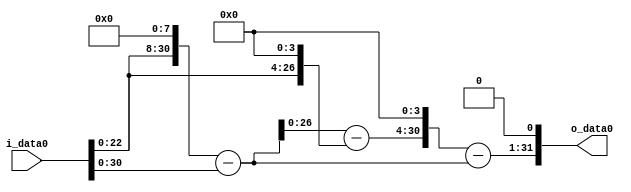
module multiplier_block (
    i_data0,
    o_data0
);

  // Port mode declarations:
  input   [31:0] i_data0;
  output  [31:0]
    o_data0;

  //Multipliers:

  wire [31:0]
    w1,
    w256,
    w255,
    w16,
    w239,
    w3824,
    w3569,
    w7138;

  assign w1 = i_data0;
  assign w16 = w1 << 4;
  assign w239 = w255 - w16;
  assign w255 = w256 - w1;
  assign w256 = w1 << 8;
  assign w3569 = w3824 - w255;
  assign w3824 = w239 << 4;
  assign w7138 = w3569 << 1;

  assign o_data0 = w7138;

  //multiplier_block area estimate = 5159.24626293971;
endmodule